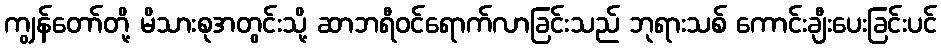
ကျွန်တော်တို့ မိသားစုအတွင်းသို့ ဆာဘရီဝင်ရောက်လာခြင်းသည် ဘုရားသစ် ကောင်းချီးပေးခြင်းပင်